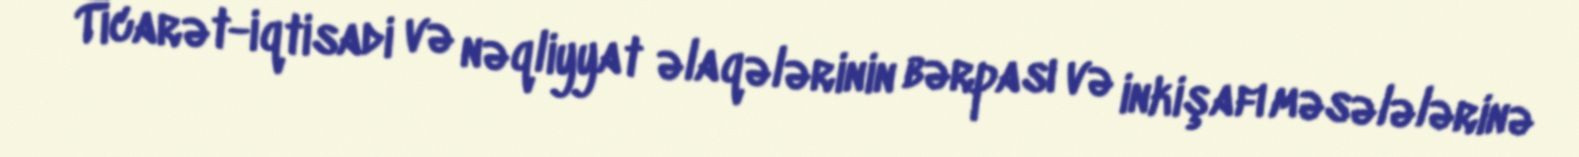
Ticarət-iqtisadi və nəqliyyat əlaqələrinin bərpası və inkişafı məsələlərinə